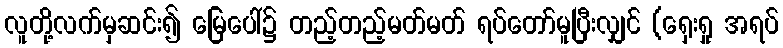
လူတို့လက်မှဆင်း၍ မြေပေါ်၌ တည့်တည့်မတ်မတ် ရပ်တော်မူပြီးလျှင် (ရှေးရှု အရပ်